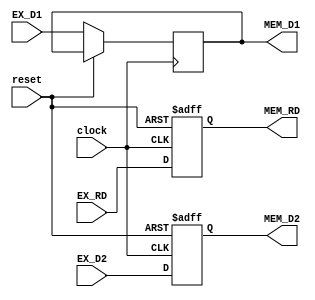
// file EX_MEM.v

module EX_MEM(
	input wire [31:0] EX_D1,
	input wire [31:0] EX_D2,
	input wire [4:0] EX_RD,
	input wire clock,
	input wire reset,
	output reg [31:0] MEM_D1,
	output reg [31:0] MEM_D2,
	output reg [4:0] MEM_RD);
	
always @(posedge clock or posedge reset)	begin
	if(reset) begin
		MEM_D2 <= 32'd0;
		MEM_D2 <= 32'd0;
		MEM_RD <= 5'd0;
	end else begin
		MEM_D1 <= EX_D1;
		MEM_D2 <= EX_D2;
		MEM_RD <= EX_RD;
	end
end
	
endmodule